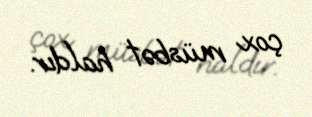
çox müsbət haldır.